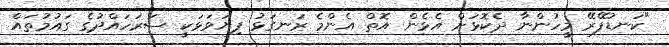
"ކަނޑުފޭރޭ މީހުންނާ ދެކޮޅަށް އެޅެން އޮތް އެންމެ ރަނގަޅު ފިޔަވަޅަކީ ސަރަހައްދުގެ ގައުމުތައް